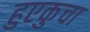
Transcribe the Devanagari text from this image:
हुएकुचा